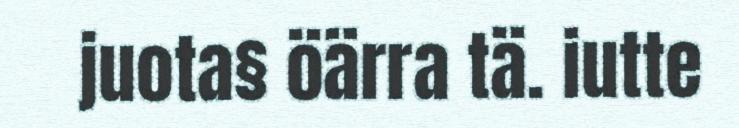
juota§ öärra tä. iutte